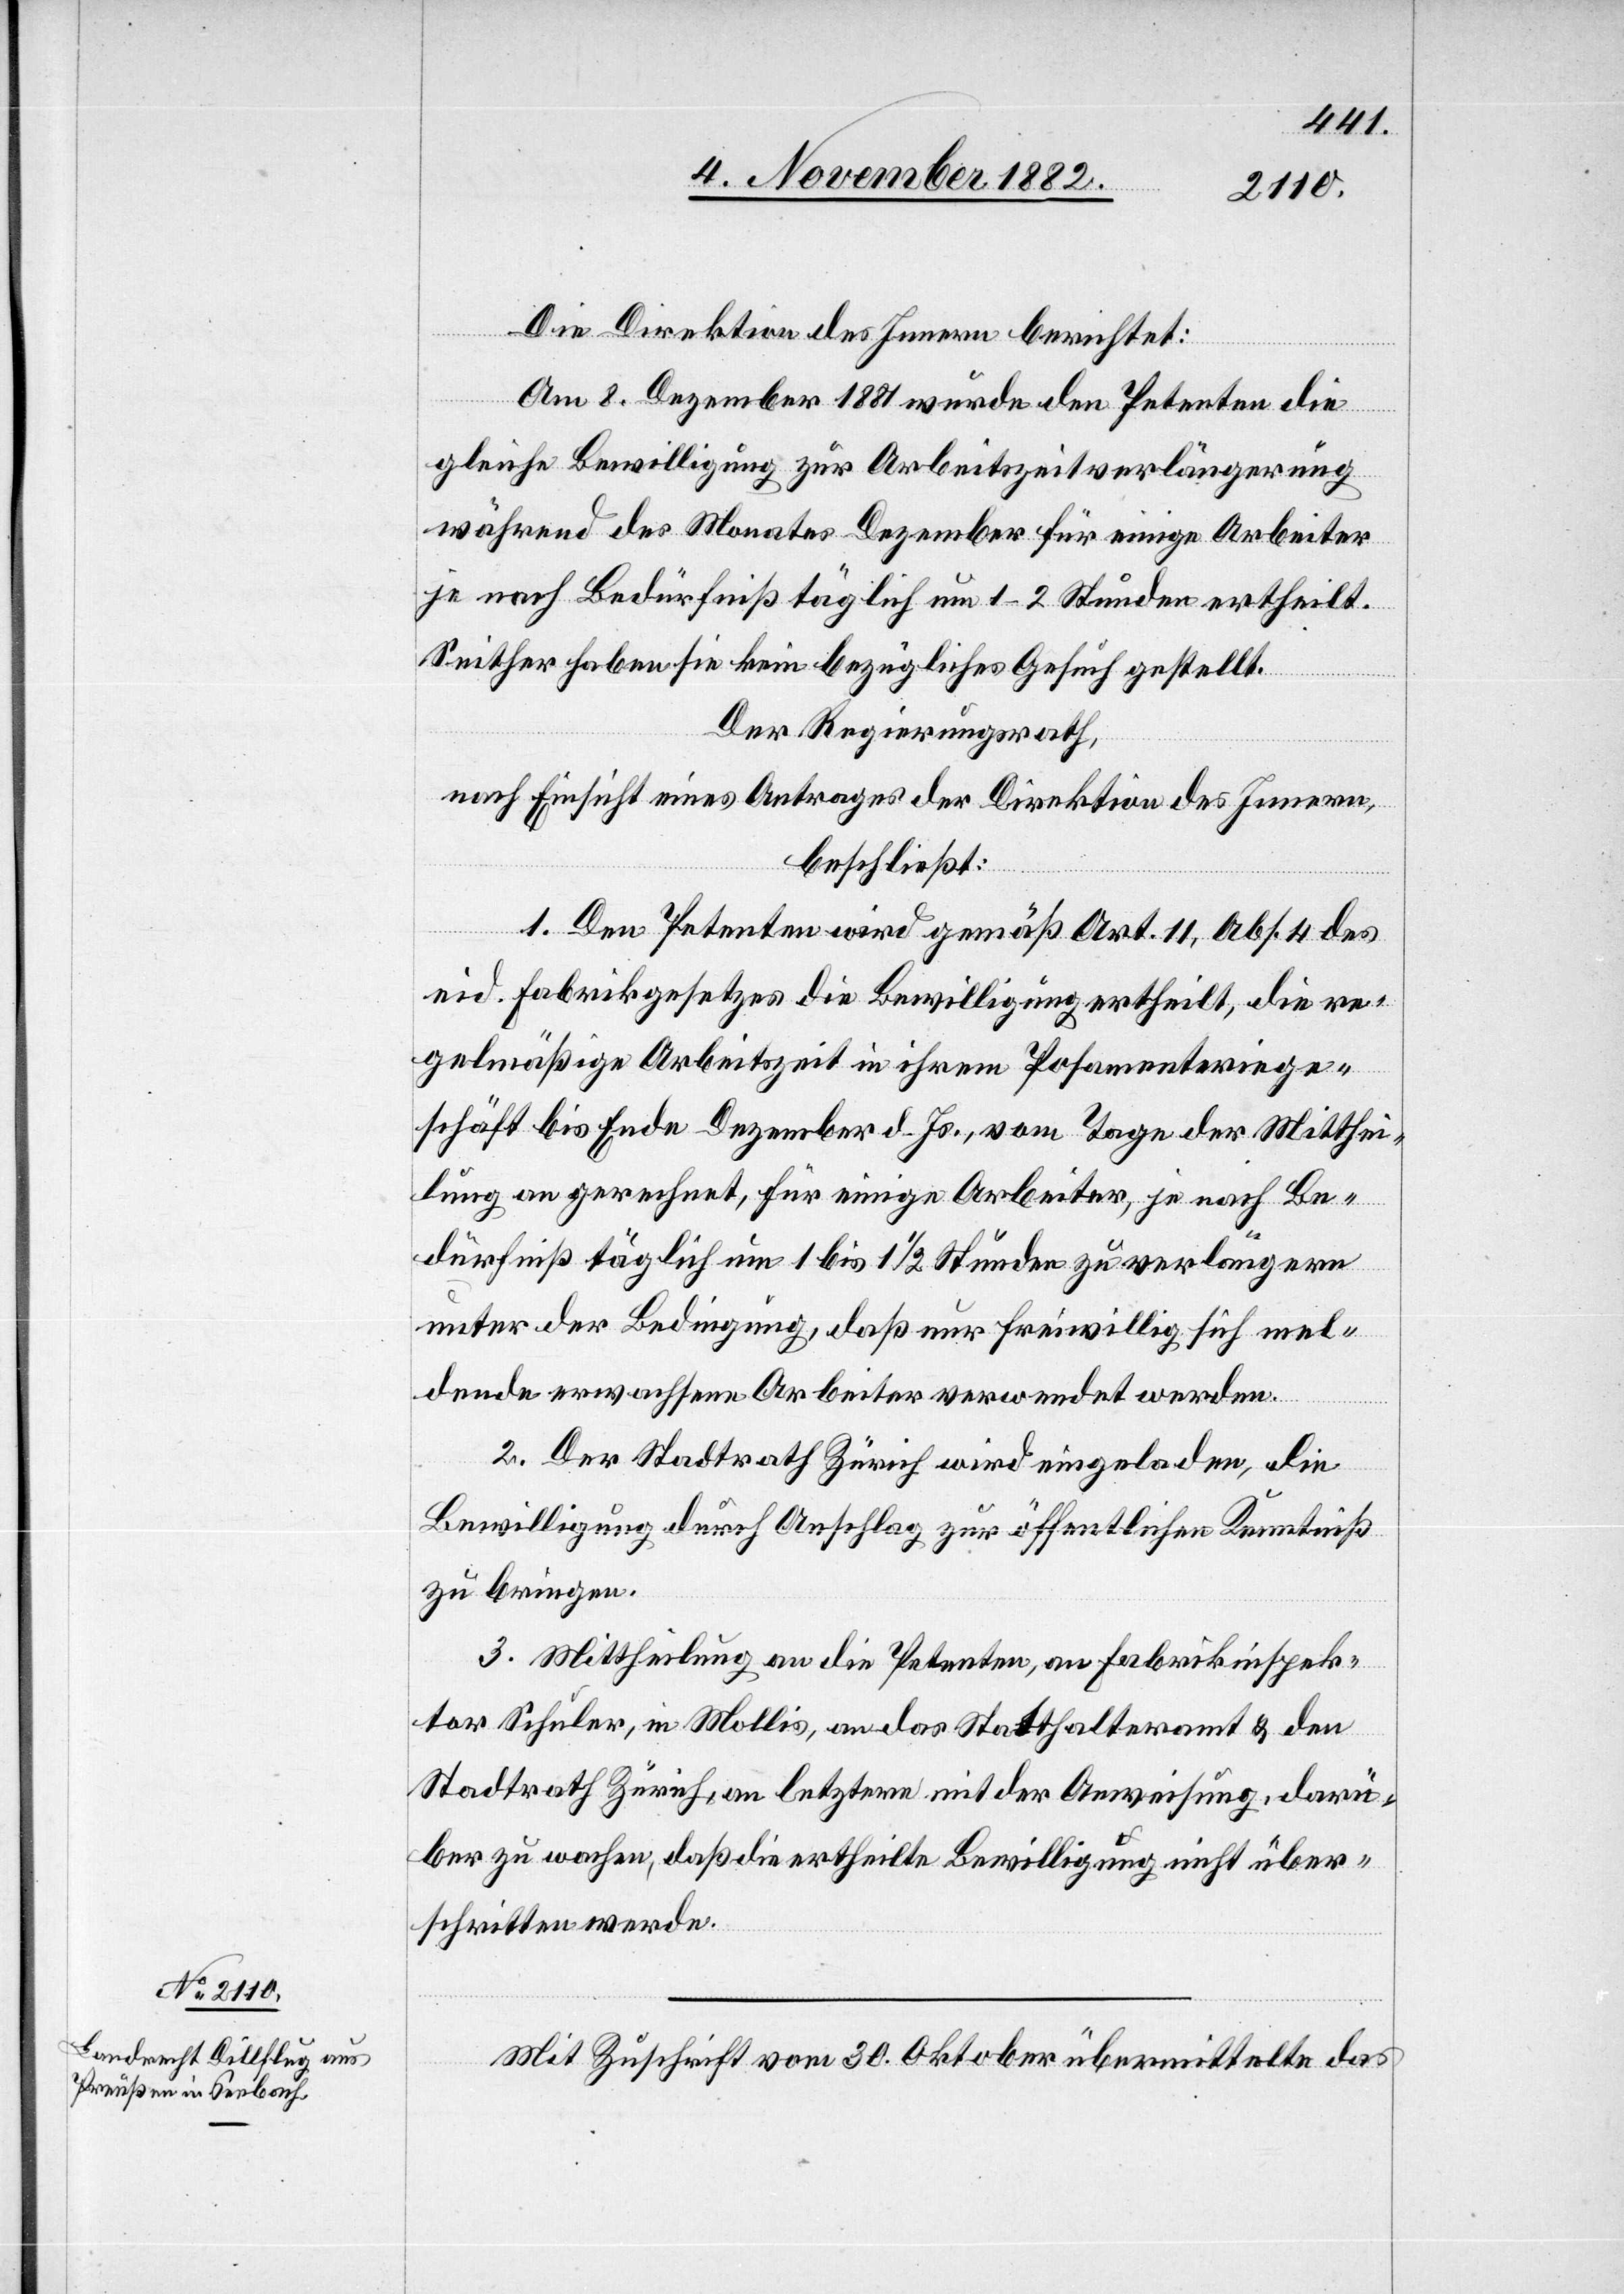
Die Direktion des Innern berichtet:
Am 8. Dezember 1881 wurde den Petenten die
gleiche Bewilligung zur Arbeitszeitverlängerung
während der Monate Dezember für einige Arbeiter
je nach Bedürfniß täglich um 1–2 Stunden ertheilt.
Seither haben sie kein bezügliches Gesuch gestellt.
Der Regierungsrath,
nach Einsicht eines Antrages der Direktion des Innern,
beschließt:
1. Den Petenten wird gemäß Art. 11, Abs. 4 des
eid. Fabrikgesetzes die Bewilligung ertheilt, die re¬
gelmäßige Arbeitszeit in ihrem Posamenteriege¬
schäft bis Ende Dezember d. Js., vom Tage der Mitthei¬
lung an gerechnet, für einige Arbeiter, je nach Be¬
dürfniß täglich um 1 bis 1 1/2 Stunden zu verlängern
unter der Bedingung, daß nur freiwillig sich mel¬
dende erwachsene Arbeiter verwendet werden.
2. Der Stadtrath Zürich wird eingeladen, die
Bewilligung durch Anschlag zur öffentlichen Kenntniß
zu bringen.
3. Mittheilung an die Petenten, an Fabrikinspek¬
tor Schuler, in Mollis, an das Statthalteramt & den
Stadtrath Zürich, an letztern mit der Anweisung, darü¬
ber zu wachen, daß die ertheilte Bewilligung nicht über¬
schritten werde.
Mit Zuschrift vom 30. Oktober übermittelte das